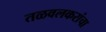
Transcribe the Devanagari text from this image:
तळवलकरांचा